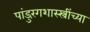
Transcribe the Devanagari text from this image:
पांडुरंगशास्स्त्रींच्या